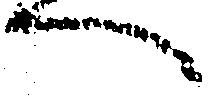
へ